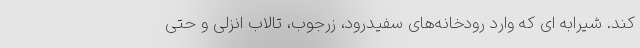
کند. شیرابه ای که وارد رودخانه‌های سفیدرود، زرجوب، تالاب انزلی و حتی